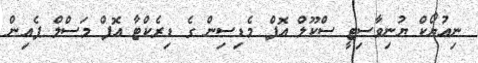
ނިއުޔޯކް ޔުނިވާސިޓީ ސްކޫލް އޮފް މެޑިސިން ގެ ޑިރެކްޓާ އޮފް މަސްލް ޕެއިން